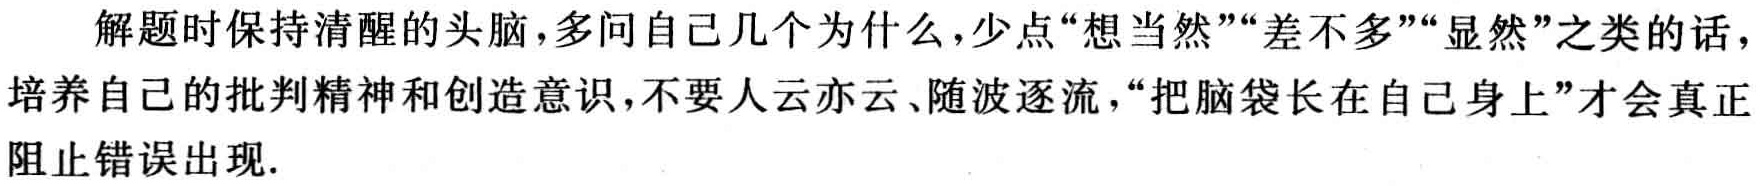
解题时保持清醒的头脑,多问自己几个为什么,少点“想当然”“差不多”“显然”之类的话，培养自己的批判精神和创造意识,不要人云亦云、随波逐流，“把脑袋长在自己身上”才会真正阻止错误出现.